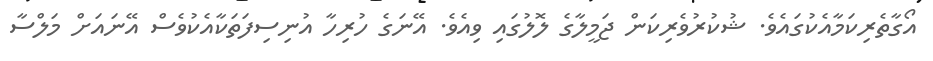
އޯގާތެރިކަމާއެކުގައެވެ. ޝުކުރުވެރިކަން ޖަމީލާގެ ލޮލުގައި ވިއެވެ. އޭނަގެ ހުރިހާ އުނިސިފަތަކާއެކުވެސް އޭނައަށް މަލްސާ